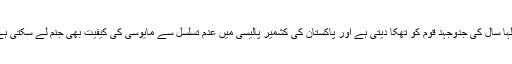
سالہا سال کی جدوجہد قوم کو تھکا دیتی ہے اور پاکستان کی کشمیر پالیسی میں عدم تسلسل سے مایوسی کی کیفیت بھی جنم لے سکتی ہے ۔